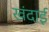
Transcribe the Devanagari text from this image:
खंदाई